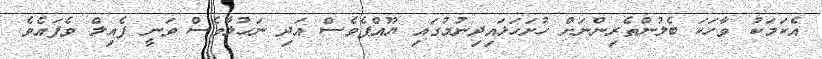
އެކަމަކު ވާހަކަ ބެލުންތެރިންނަށް ހުށަހަޅައިދިނުމުގައި ޔޫއްޕެވެސް އަދި ނަހުލާވެސް ވަނީ ފެއިލް ވެފައެވެ.